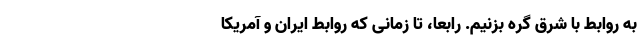
به روابط با شرق گره بزنیم. رابعا، تا زمانی‌ که روابط ایران و آمریکا